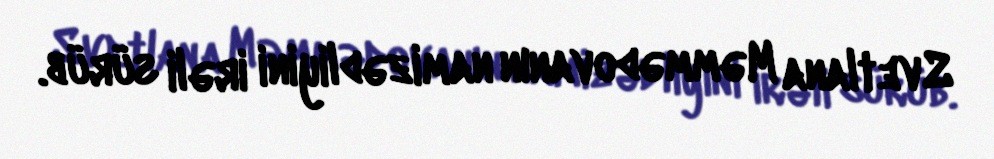
Svetlana Məmmədovanın namizədliyini irəli sürüb.